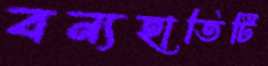
বন্যহাতিটি